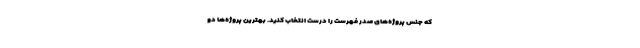
که جنس پروژه‌های صدر فهرست را درست انتخاب کنید. بهترین پروژه‌ها دو